NAE_ERA_R-1665_Eesti_Kunstnike_Liit, lk 23
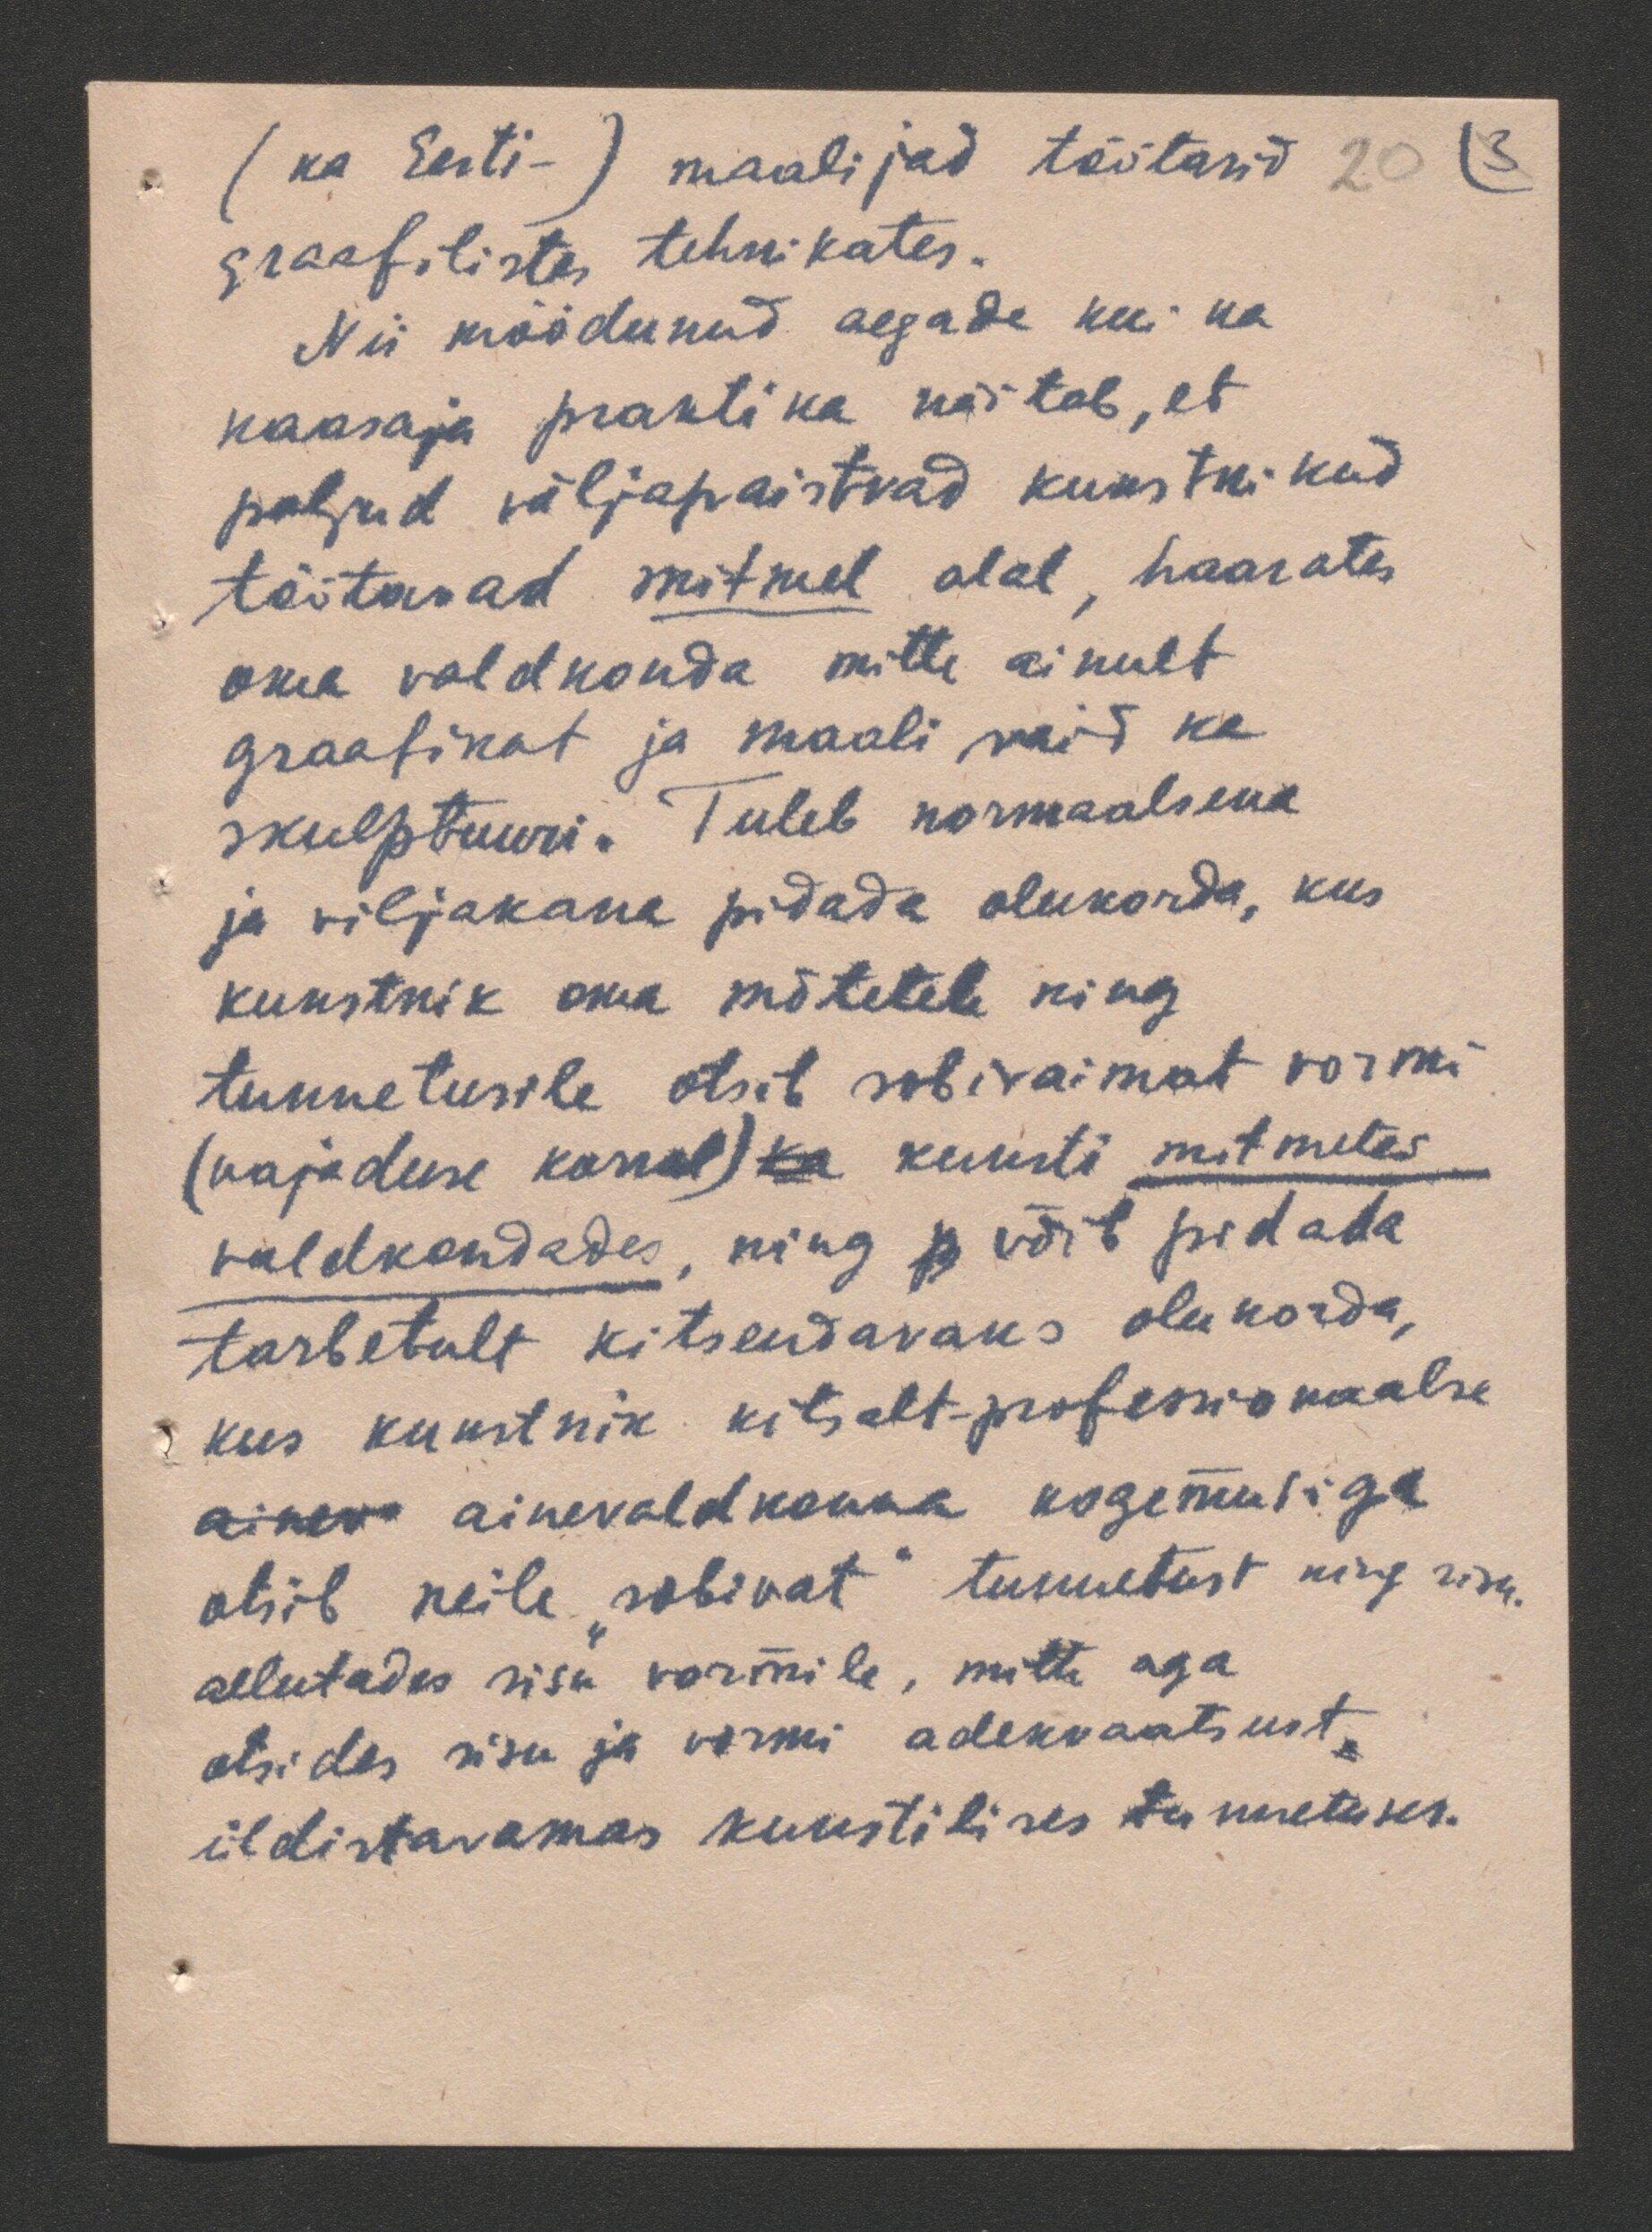
( ka Eesti -) maalijad töötasid
(3
20
graafilistes tehnikates.
Nii möödunud aegade kui ka
kaasaja praktika näitab, et
paljud väljapaistvad kunstnikud
töötavad mitmel alal, haarates
oma valdkonda mitte ainult
graafikat ja maali vaid ka
skulptuuri. Tuleb normaalsena
ja viljakana pidada olukorda, kus
kunstnik oma mõtetele ning
tunnetusele otsib sobivaimat vormi
(vajaduse korral) ka kunsti mitmetes
valdkondades, ning p võib pidada
tarbetult kitsendavaks olukorda,
kus kunstnik kitsalt- professionaalse
aines ainevaldkonna kogemusiga
otsib neile "sobivat" tunnetust ning sisu.
allutades sisu vormile, mitte aga
otsides sisu ja vormi adekvaatsust
üldistavamas kunstilises tunnetuses.